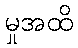
မှုအထိ